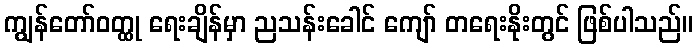
ကျွန်တော်ဝတ္ထု ရေးချိန်မှာ ညသန်းခေါင် ကျော် တရေးနိုးတွင် ဖြစ်ပါသည်။